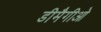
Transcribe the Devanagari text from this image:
डीमैगीओ